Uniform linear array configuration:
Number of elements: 48
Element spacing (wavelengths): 1
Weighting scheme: uniform
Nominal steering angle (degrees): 15
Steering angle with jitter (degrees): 15.735
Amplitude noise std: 0.05
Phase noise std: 0.05

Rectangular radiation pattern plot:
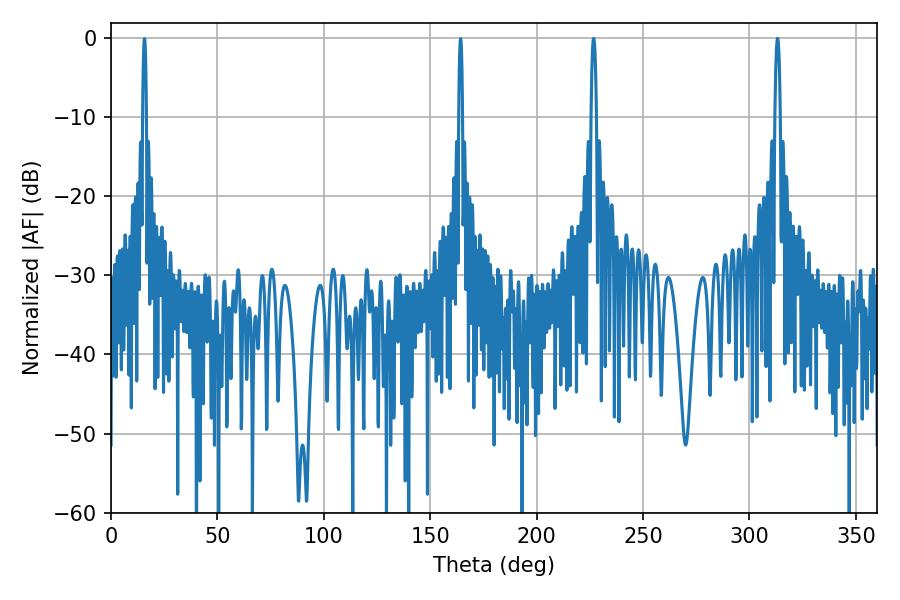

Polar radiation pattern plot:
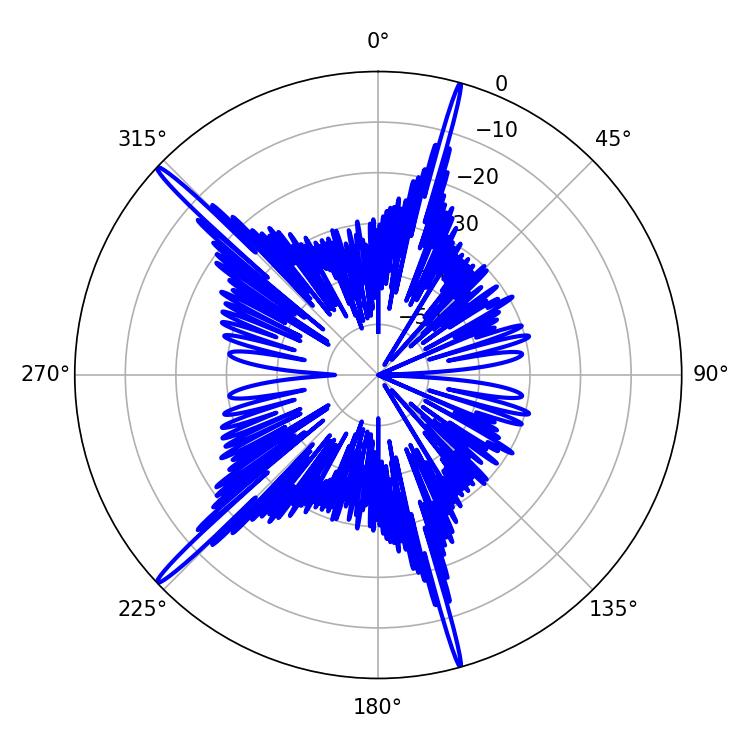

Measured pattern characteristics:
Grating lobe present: TRUE
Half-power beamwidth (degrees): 1.44
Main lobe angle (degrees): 226.8